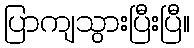
ပြာကျသွားပြီးပြီ။